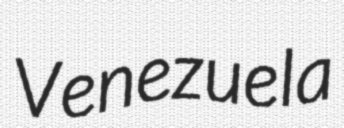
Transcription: Venezuela